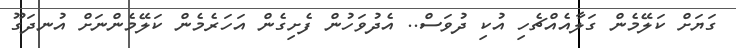
ގަޔަށް ކަލޭމެން ގަލާއެއްޗެހި އުކި ދުވަސް.. އެދުވަހުން ފެށިގެން އަހަރެމެން ކަލޭމެންނަށް އުނދަގޫ